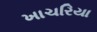
ખાચરિયા